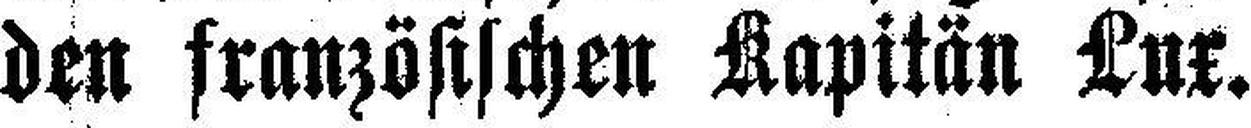
den französischen Kapitän Lux.